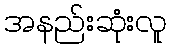
အနည်းဆုံးလူ